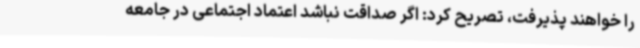
را خواهند پذیرفت، تصریح کرد: اگر صداقت نباشد اعتماد اجتماعی در جامعه